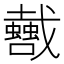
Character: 𢨣